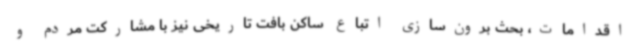
اقدامات، بحث برون‌سازی اتباع ساکن بافت تاریخی نیز با مشارکت مردم و